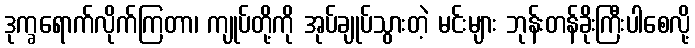
ဒုက္ခရောက်လိုက်ကြတာ၊ ကျုပ်တို့ကို အုပ်ချုပ်သွားတဲ့ မင်းများ ဘုန်းတန်ခိုးကြီးပါစေလို့